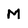
Character: M